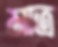
মাত্র